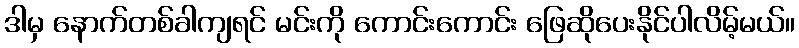
ဒါမှ နောက်တစ်ခါကျရင် မင်းကို ကောင်းကောင်း ဖြေဆိုပေးနိုင်ပါလိမ့်မယ်။